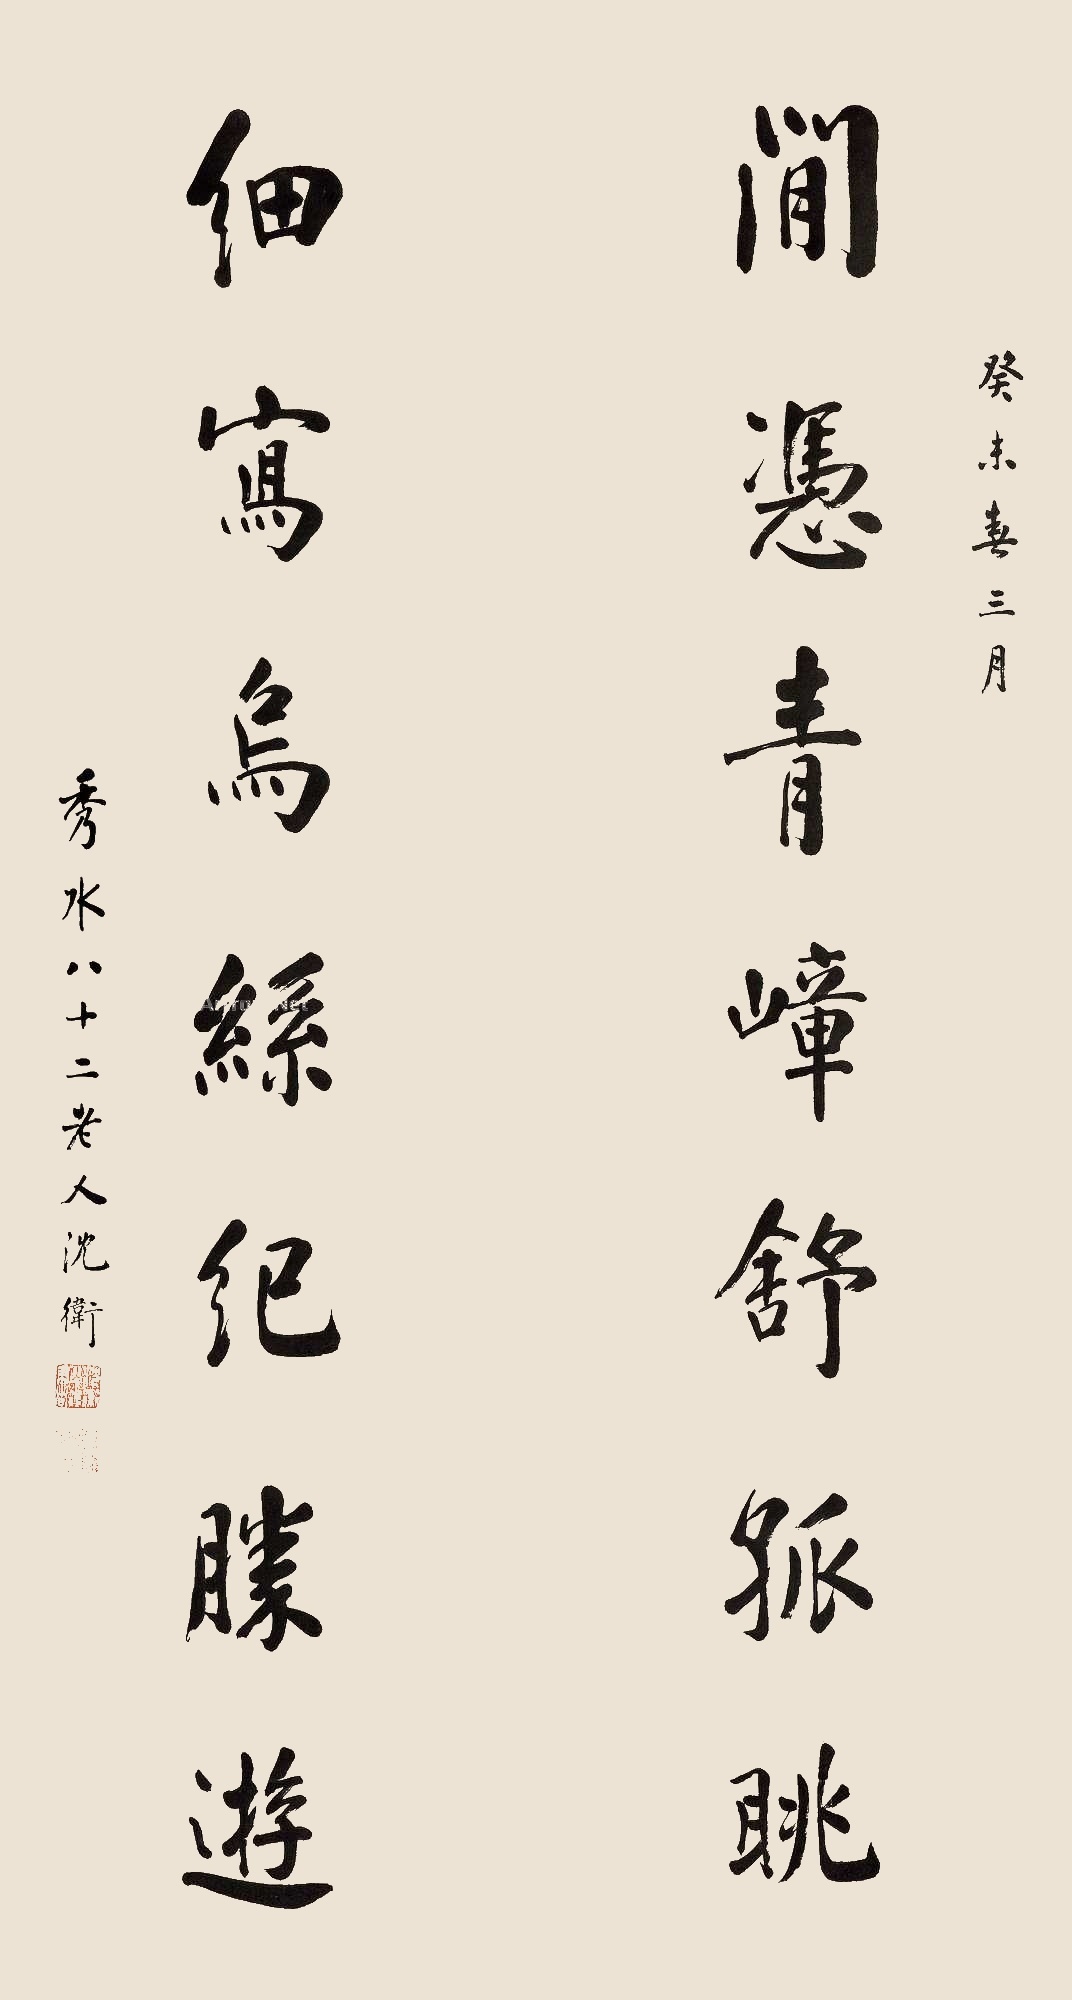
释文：闲凭青嶂舒孤眺，细写鸟丝纪胜游。癸未春三月，秀水八十二老人沈卫。